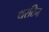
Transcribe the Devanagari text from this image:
थरटिन